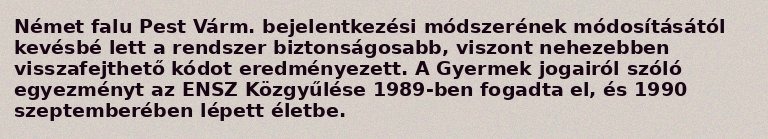
Német falu Pest Várm. bejelentkezési módszerének módosításától kevésbé lett a rendszer biztonságosabb, viszont nehezebben visszafejthető kódot eredményezett. A Gyermek jogairól szóló egyezményt az ENSZ Közgyűlése 1989-ben fogadta el, és 1990 szeptemberében lépett életbe.